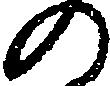
の